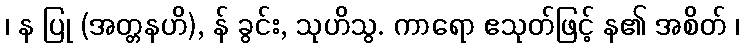
၊ န ပြု (အတ္တနဟိ), န် ခွင်း, သုဟိသွ. ကာရော ဧသုတ်ဖြင့် န၏ အစိတ် ၊